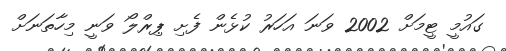
ގައުމީ ޓީމަށް 2002 ވަނަ އަހަރު ކުޅެން ފެށި ޕިރްލޯ ވަނީ މިހާތަނަށް